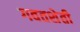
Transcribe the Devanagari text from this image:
गवतशेती